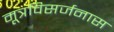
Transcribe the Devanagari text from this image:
मूत्रविसर्जनास